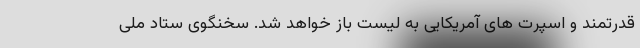
قدرتمند و اسپرت های آمریکایی به لیست باز خواهد شد. سخنگوی ستاد ملی